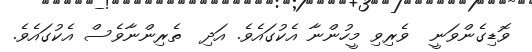
ވޮޑިގެންވަނީ  ވެރިވި މީހުންނާ އެކުގައެވެ. އަދި  ތެރިންނާވެސް އެކުގައެވެ.